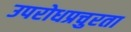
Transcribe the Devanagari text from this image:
उपरोधप्रचुरता